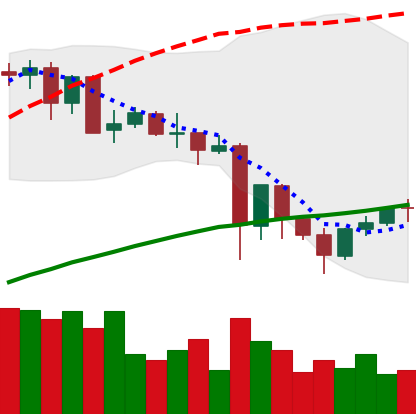
Ticker: NEO-USD
Chart end date: 2021-05-27
Forward return: -13.652%
Label: down_7plus